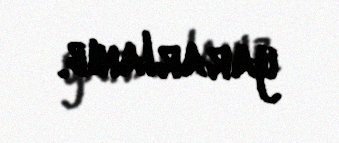
yararlanıb.